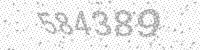
Solution: 584389